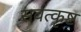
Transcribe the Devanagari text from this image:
सर्वत्कृष्ट